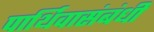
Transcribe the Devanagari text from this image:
पार्थिवासंबंधी